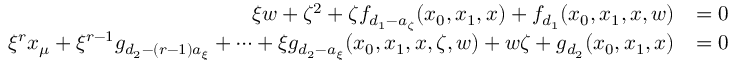
\begin{array} { r l } { \xi w + \zeta ^ { 2 } + \zeta f _ { d _ { 1 } - a _ { \zeta } } ( x _ { 0 } , x _ { 1 } , x ) + f _ { d _ { 1 } } ( x _ { 0 } , x _ { 1 } , x , w ) } & { = 0 } \\ { \xi ^ { r } x _ { \mu } + \xi ^ { r - 1 } g _ { d _ { 2 } - ( r - 1 ) a _ { \xi } } + \cdots + \xi g _ { d _ { 2 } - a _ { \xi } } ( x _ { 0 } , x _ { 1 } , x , \zeta , w ) + w \zeta + g _ { d _ { 2 } } ( x _ { 0 } , x _ { 1 } , x ) } & { = 0 } \end{array}